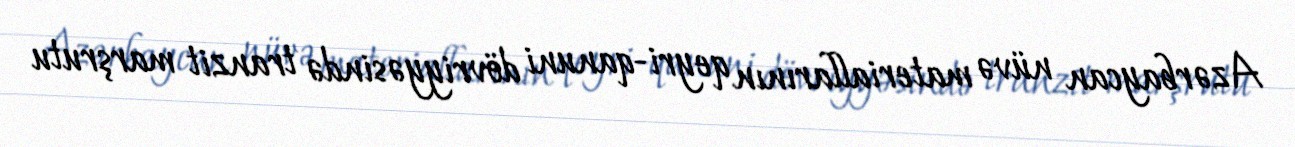
Azərbaycan nüvə materiallarının qeyri-qanuni dövriyyəsində tranzit marşrutu